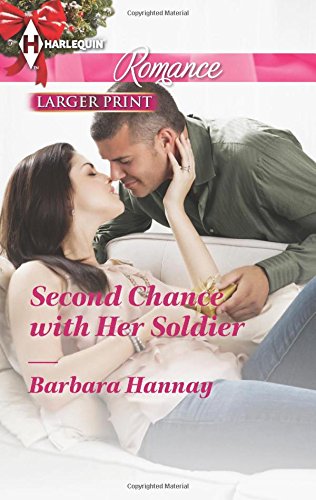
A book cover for Second Chance with Her Soldier (Harlequin Romance); Barbara Hannay; Literature & Fiction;